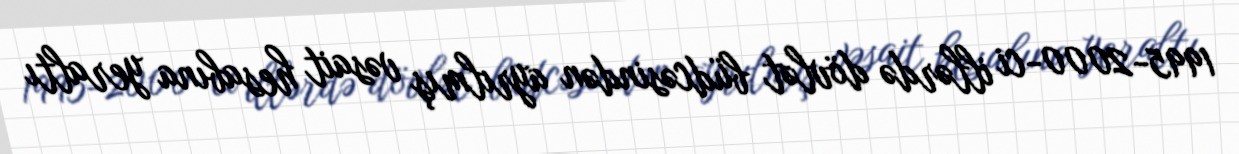
1995-2000-ci illərdə dövlət büdcəsindən ayrılmış vəsait hesabına yeraltı